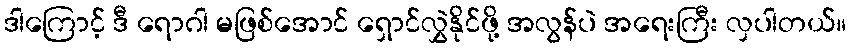
ဒါကြောင့် ဒီ ရောဂါ မဖြစ်အောင် ရှောင်လွှဲနိုင်ဖို့ အလွန်ပဲ အရေးကြီး လှပါတယ်။